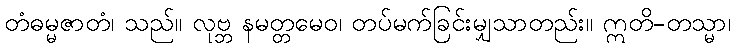
တံဓမ္မဇာတံ၊ သည်။ လုဗ္ဘ နမတ္တမေဝ၊ တပ်မက်ခြင်းမျှသာတည်း။ ဣတိ-တသ္မာ၊